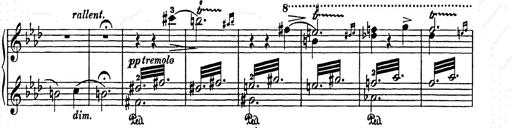
Title: Elegy No.1
Composer: Franz Liszt
Key: A-flat major